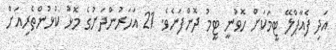
އަދި ފެއާޕްލޭ ޓީމަކަށް ހޮވުނީ ޓީމު ދޮންފަނެވެ. 21 އަހަރުންދަށުގެ މޮޅު ކުޅުންތެރިއަަށް